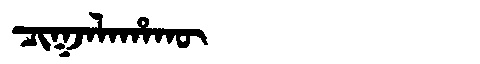
Manchu: ᠴᡳᡴᠵᠠᠯᠠᡥᠠᡴᡡ
Romanization: CIKJALAHAKŪ